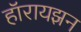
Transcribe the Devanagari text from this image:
हॉरायझन